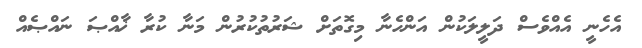
އެހެނީ އެއްވެސް ދަލީލަކުން އަންހެނާ މިގޮތަށް ޝަރުތުކުރުން މަނާ ކުރާ ޚާއްޞަ ނައްޞެއް